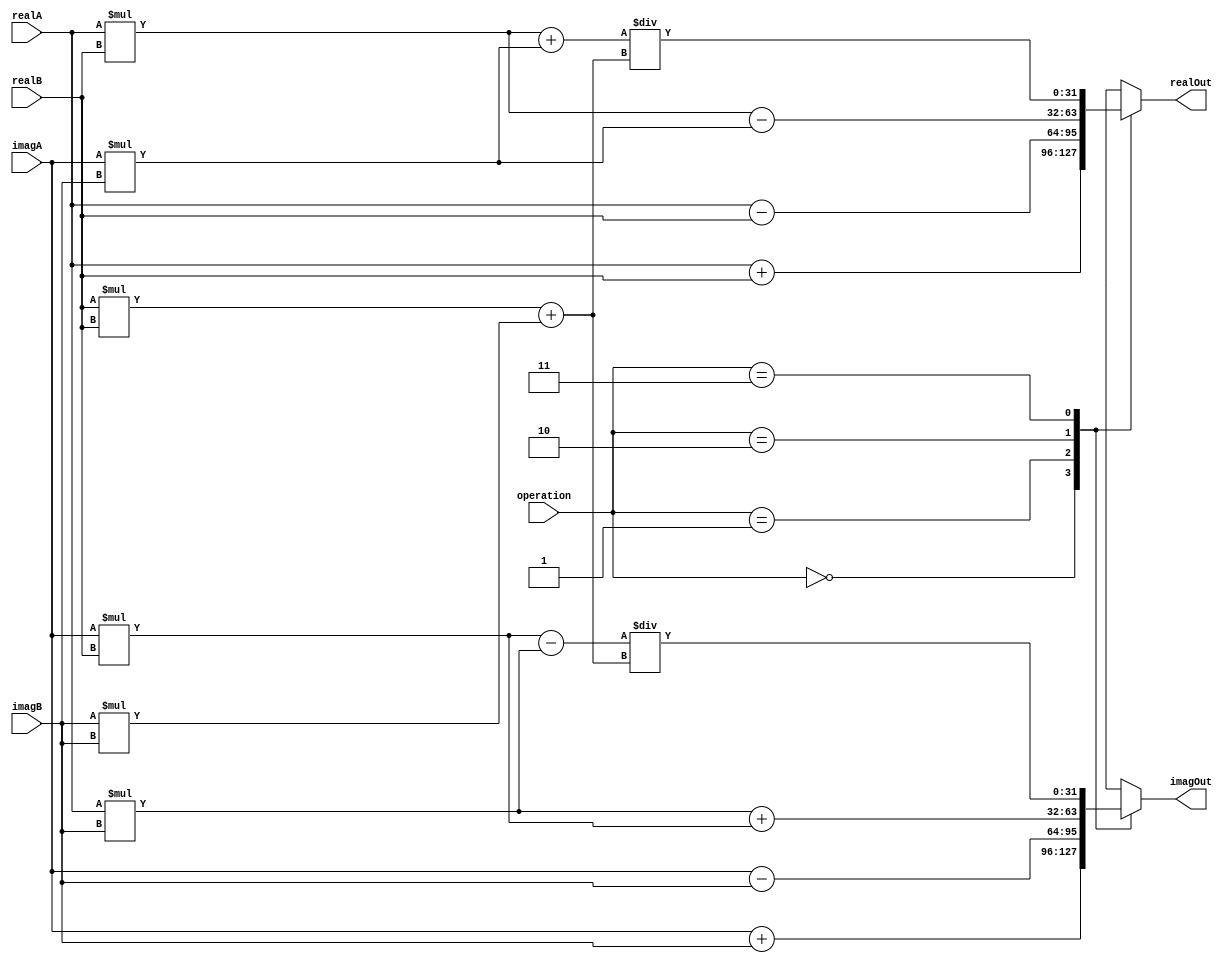
module ComplexALU (
    input [31:0] realA,
    input [31:0] imagA,
    input [31:0] realB,
    input [31:0] imagB,
    input [1:0] operation,
    output reg [31:0] realOut,
    output reg [31:0] imagOut
);

reg [31:0] sumReal, sumImag, diffReal, diffImag, mulReal, mulImag, divReal, divImag;

always @(*) begin
    case(operation)
        2'b00: begin // addition
            sumReal = realA + realB;
            sumImag = imagA + imagB;
            realOut = sumReal;
            imagOut = sumImag;
        end
        2'b01: begin // subtraction
            diffReal = realA - realB;
            diffImag = imagA - imagB;
            realOut = diffReal;
            imagOut = diffImag;
        end
        2'b10: begin // multiplication
            mulReal = (realA * realB) - (imagA * imagB);
            mulImag = (realA * imagB) + (imagA * realB);
            realOut = mulReal;
            imagOut = mulImag;
        end
        2'b11: begin // division
            divReal = ((realA * realB) + (imagA * imagB)) / ((realB * realB) + (imagB * imagB));
            divImag = ((imagA * realB) - (realA * imagB)) / ((realB * realB) + (imagB * imagB));
            realOut = divReal;
            imagOut = divImag;
        end
    endcase
end

endmodule